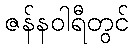
ဇန်နဝါရီတွင်